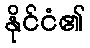
နိုင်ငံ၏